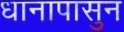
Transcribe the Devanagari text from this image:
धानापासुन